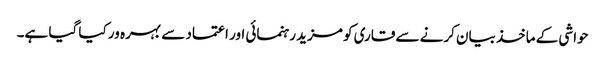
حواشی کے ماخذ بیان کرنے سے قاری کو مزید رہنمائی اور اعتماد سے بہرہ ور کیا گیا ہے۔